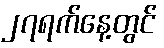
၂၇ရက်နေ့တွင်